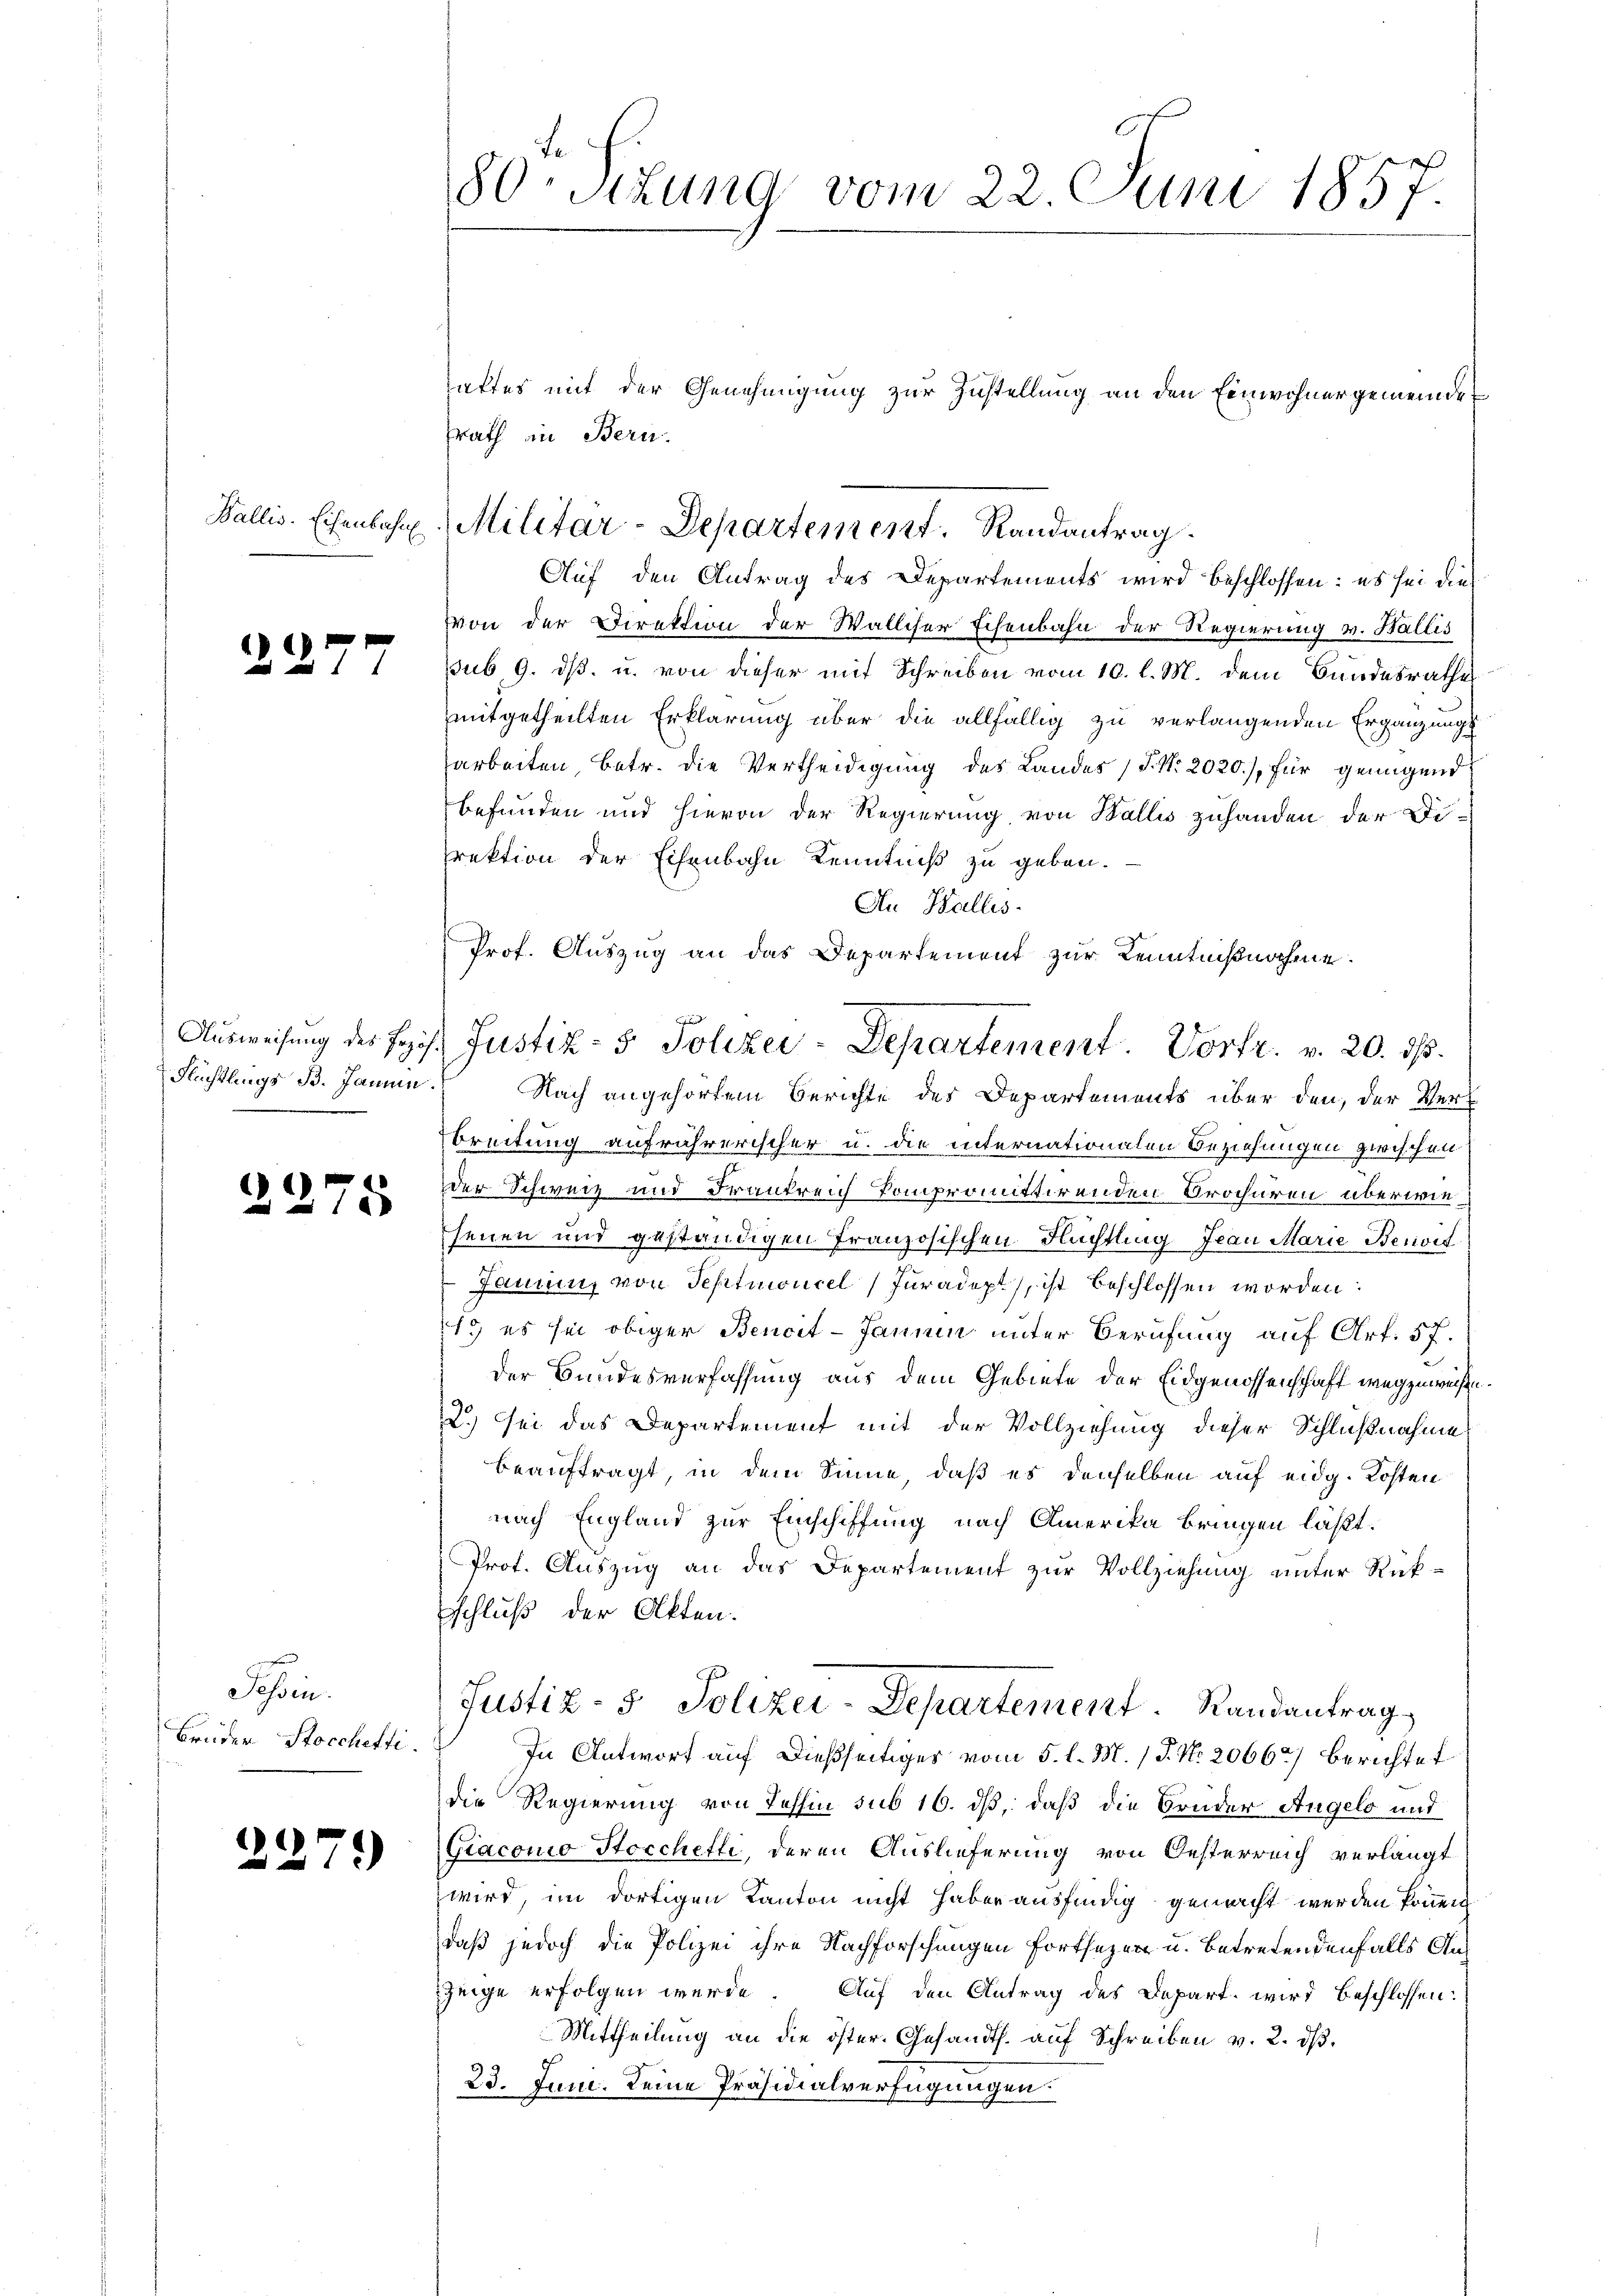
2277

Flüchtlings B. Jaune.

)
1x

Schen.
Brüder Stocchetti.

2279

80. Situng vom 22. Juni 1857.

aftes mit der Genehmigung zur Zustellung an den Einwohnergemeinde
Von der Direktion der Walliser Eisenbahn der Regierung v. Wallis
sub 9. dβ. u. von dieser mit Schreiben vom 10. l. M. dem Bundesrathes
mitgetheilten Erklärung über die allfällig zu verlangenden Ergänzungsarbeiten Betr. die Vertheidigung des Landes (S. Nr. 2020), für genügend
befunden und hievon der Regierung von Wallis zuhanden der Direktion der Eisenbahn Kenntniß zu geben.
An Halles
Prof. Auszug an das Departement zur Kenntnißnahme.
Nach angehörtem Berichte des Departements über den, der Ver¬
Breitung aufrährerischer u. die internationalen Beziehungen zwischen
der Schweiz und Frankreich kompromittirenden Brochüren überwiesenen und geständigen Französischen Flüchtling Jean Marie Benivit
Jammen, von Septmucel (Juradept, ist beschlossen worden:
19 es sei obiger Bencit-Janen unter Berufung auf Art. 57.
der Bundesverfassung aus dem Gebiete der Eidgenossenschaft wegzuweisen.
2) sei das Departement mit der Vollziehung dieser Schlußnahme
beauftragt, in dem Sinne, daß es derselben auf eidg. Kosten
nach England zur Einschiffung nach Amerika bringen läßt.
Prot. Auszug an das Departement zur Vollziehung unter Rückschluß der Akten.
Justiz- & Polizei-Departement. Randantrag
In Antwort auf dießseitiges vom 5. l. M. P. Nr. 2066.) Berichtet
die Regierung von Tessin sub 16. dß, daß die Bruder Angelo und
Giacono Stocchetti, deren Auslieferung von Oesterreich verlangt
wird, im dortigen Kanton nicht haber ausfindig gemacht werden können
daß jedoch die Polizei ihre Nachforschungen fortsezen u. betretendenfalls Aus
zeige erfolgen werde. Auf den Antrag des Depart wird beschlossen:
Mittheilung an die öster. Gesandts. auf Schreiben v. 2. ds.
23. Juni. Deine Präsidialverfügungen.

zrath an Bern.
Wallis. Eisenbahn. Militär-Departement. Randantrag
Auf den Antrag des Departements wird beschlossen: es sei die

Aŭsweisŭng des sozis Justiz- & Polizei-Departement. Vortr. v. 20. ds.